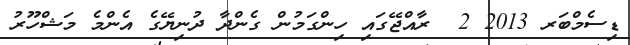
ޑިސެމްބަރ 2013 2  ރާއްޖޭގައި ހިންގަމުން ގެންދާ ދުނިޔޭގެ އެންމެ މަޝްހޫރު